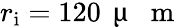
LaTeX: r_{\mathrm{i}}=120\, \mathrm{~\textmu~{~}~m~}